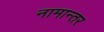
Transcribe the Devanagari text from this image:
नामान्तर